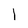
Character: 1